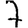
Digit: 7